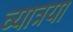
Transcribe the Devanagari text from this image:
व्यात्रया